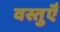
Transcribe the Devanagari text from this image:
वस्तुऍँ